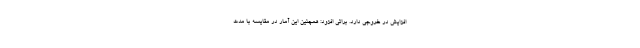
افزایش در خروجی دارد. براتی افزود: همچنین این آمار در مقایسه با مدت